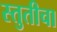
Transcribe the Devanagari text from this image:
स्तुतीचा